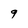
Character: 9